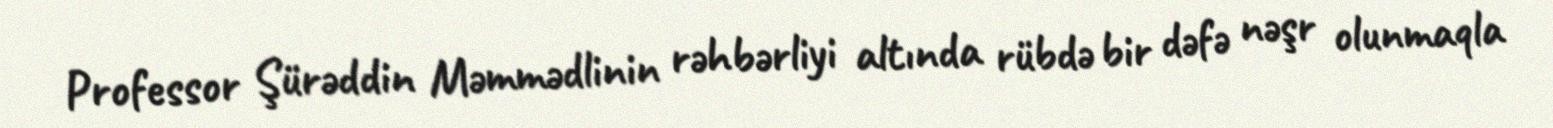
Professor Şürəddin Məmmədlinin rəhbərliyi altında rübdə bir dəfə nəşr olunmaqla